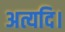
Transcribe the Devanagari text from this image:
अत्यदि।